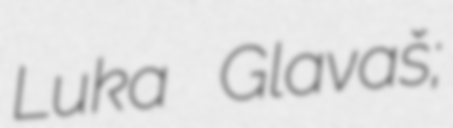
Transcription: Luka Glavaš;